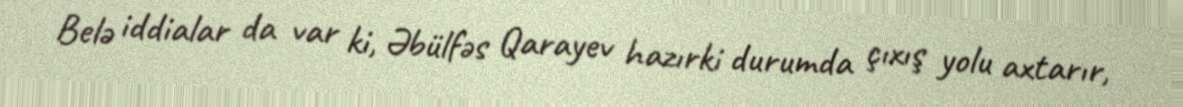
Belə iddialar da var ki, Əbülfəs Qarayev hazırki durumda çıxış yolu axtarır,